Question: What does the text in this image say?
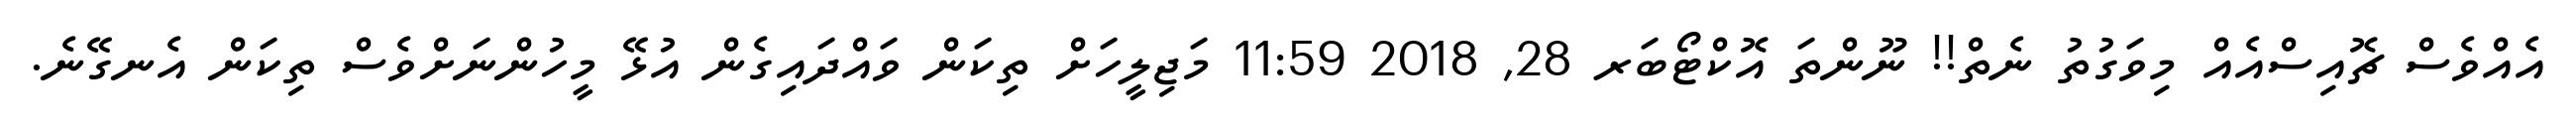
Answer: އެއްވެސް ޗޮއިސްއެއް މިވަގުތު ނެތް!! ނޫންތަ އޮކްޓޯބަރ 28, 2018 11:59 މަޖިލީހަށް ތިކަން ވައްދައިގެން އުޅޭ މީހުންނަށްވެސް ތިކަން އެނގޭނެ.